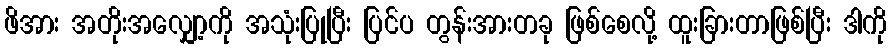
ဖိအား အတိုးအလျှော့ကို အသုံးပြုပြီး ပြင်ပ တွန်းအားတခု ဖြစ်စေလို့ ထူးခြားတာဖြစ်ပြီး ဒါကို